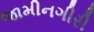
જામીનગીરી